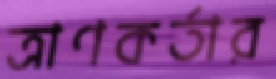
ত্রাণকর্তার